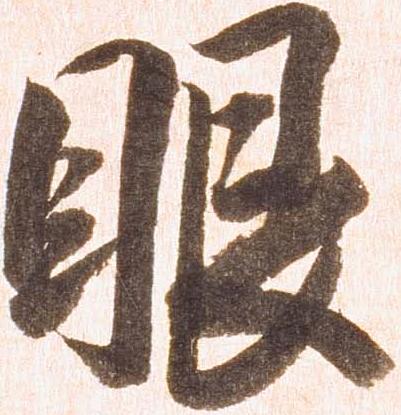
眼